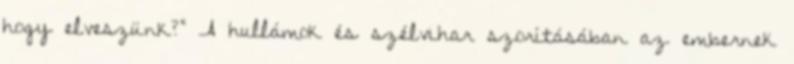
hogy elveszünk?” A hullámok és szélvihar szorításában az embernek